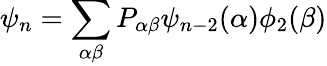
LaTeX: \psi_{n}=\sum_{\alpha\beta}P_{\alpha\beta}\psi_{n-2}(\alpha)\phi_{2}(\beta)